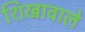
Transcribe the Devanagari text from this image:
शिखावाले